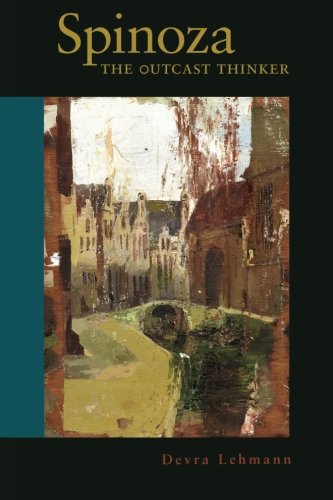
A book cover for Spinoza: The Outcast Thinker; Devra Lehmann; Children's Books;